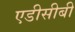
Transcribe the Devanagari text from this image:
एडीसीबी